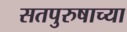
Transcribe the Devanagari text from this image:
सतपुरुषाच्या